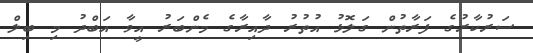
ސަރުކާރުގެ ފަރާތުން ގަލޮޅު އުތުރު ދާއިރާގެ މެންބަރު އީވާ އަބްދު މި ބިލް